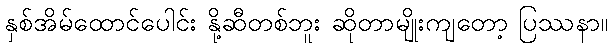
နှစ်အိမ်ထောင်ပေါင်း နို့ဆီတစ်ဘူး ဆိုတာမျိုးကျတော့ ပြဿနာ။